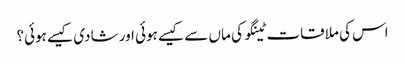
اس کی ملاقات ٹینگو کی ماں سے کیسے ہوئی اور شادی کیسے ہوئی؟